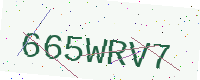
Text: 665WRV7